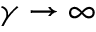
\gamma \to \infty